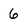
Character: 6